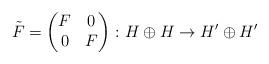
LaTeX: \begin{align*} \tilde F= \begin{pmatrix} F & 0 \\ 0 & F \end{pmatrix} \colon H \oplus H \to H^\prime \oplus H^\prime \end{align*}